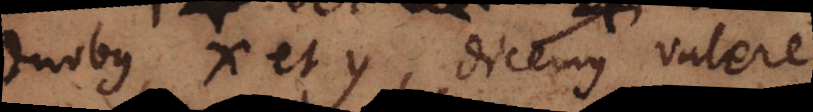
duobus, x et y, dicemus valere